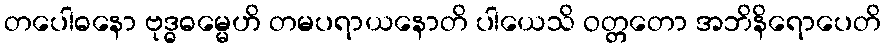
တပေါဓနော ဗုဒ္ဓဓမ္မေဟိ တမပရာယနောတိ ပါယေသိ ဝတ္တတော အဘိနိရောပေတိ